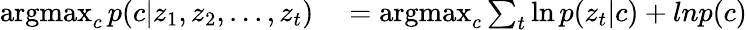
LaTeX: \begin{array}{rl}{\operatorname*{argmax}_{c}p(c|z_{1},z_{2},...,z_{t})}&{{}=\operatorname*{argmax}_{c}\sum_{t}\ln{p(z_{t}|c)}+ln{p(c)}}\end{array}